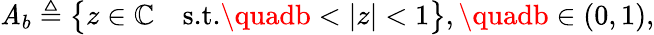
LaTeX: \mathit{A}_{b}\triangleq\big\{ z\in\mathbb{{C}}\quad\textnormal{s.t.}\quadb<|z|<1\big\} ,\quadb\in(0,1),